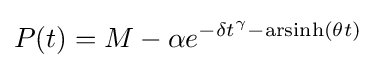
P(t)=M-\alpha e^{-\delta t^{\gamma }-\operatorname {arsinh} (\theta t)}